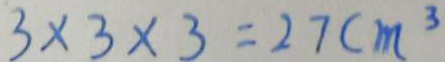
3 \times 3 \times 3 = 2 7 c m ^ { 3 }